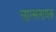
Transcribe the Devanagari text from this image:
लान्सनायक